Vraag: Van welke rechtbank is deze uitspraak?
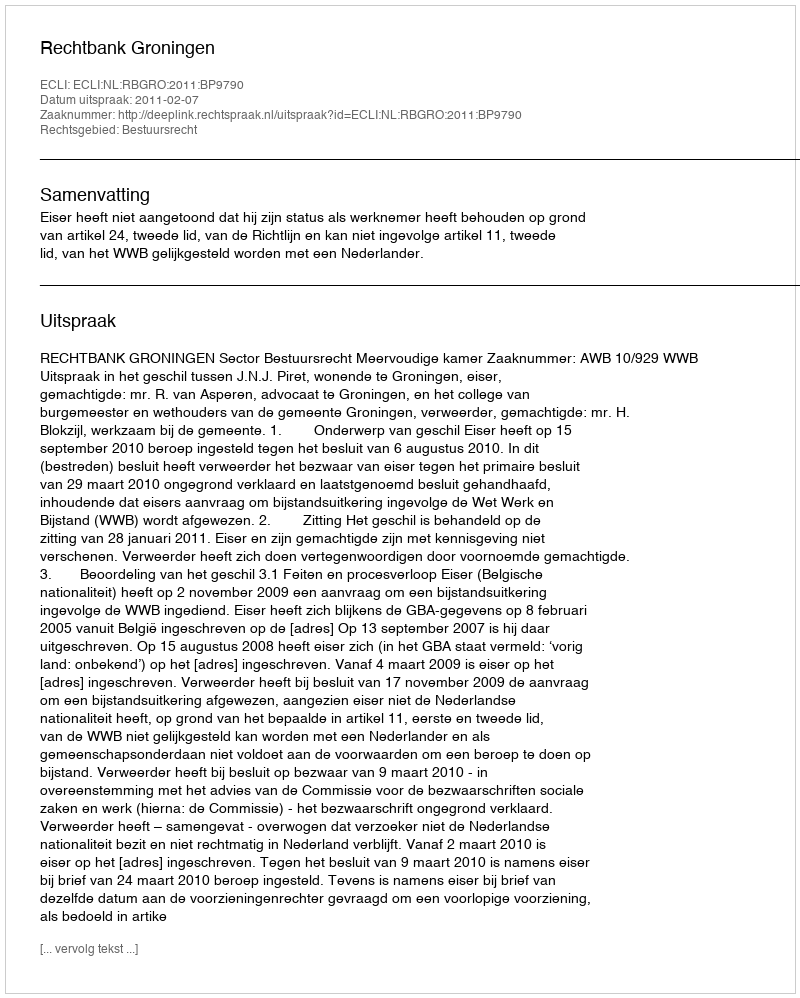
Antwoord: Rechtbank Groningen